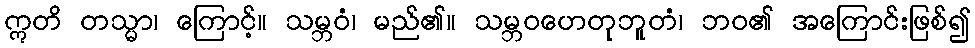
ဣတိ တသ္မာ၊ ကြောင့်။ သမ္ဘဝံ၊ မည်၏။ သမ္ဘဝဟေတုဘူတံ၊ ဘဝ၏ အကြောင်းဖြစ်၍